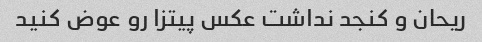
ریحان و کنجد نداشت عکس پیتزا رو عوض کنید